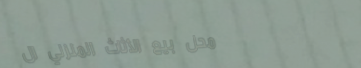
محل بيع الأثاث المنزلي ال